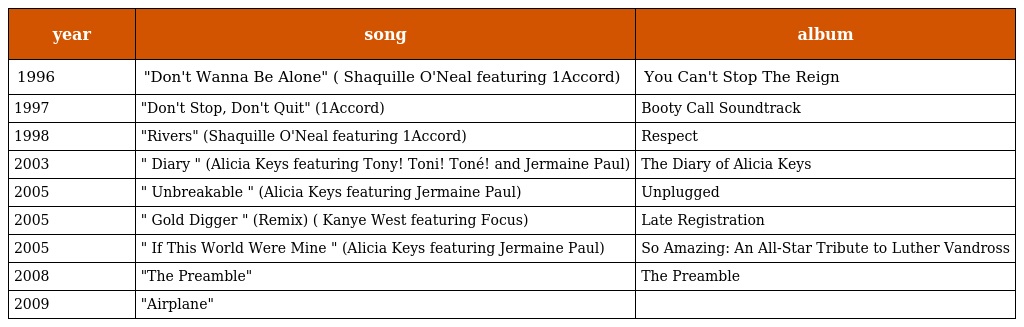
| year | song | album |
 | --- | --- | --- |
 | 1996 | "Don't Wanna Be Alone" ( Shaquille O'Neal featuring 1Accord) | You Can't Stop The Reign |
 | 1997 | "Don't Stop, Don't Quit" (1Accord) | Booty Call Soundtrack |
 | 1998 | "Rivers" (Shaquille O'Neal featuring 1Accord) | Respect |
 | 2003 | " Diary " (Alicia Keys featuring Tony! Toni! Toné! and Jermaine Paul) | The Diary of Alicia Keys |
 | 2005 | " Unbreakable " (Alicia Keys featuring Jermaine Paul) | Unplugged |
 | 2005 | " Gold Digger " (Remix) ( Kanye West featuring Focus) | Late Registration |
 | 2005 | " If This World Were Mine " (Alicia Keys featuring Jermaine Paul) | So Amazing: An All-Star Tribute to Luther Vandross |
 | 2008 | "The Preamble" | The Preamble |
 | 2009 | "Airplane" |  |